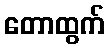
တောထွက်